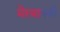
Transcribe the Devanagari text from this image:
मेरबानजी